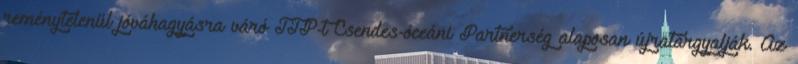
reménytelenül jóváhagyásra váró TTP-t Csendes-óceáni Partnerség alaposan újratárgyalják. Az